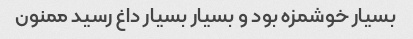
بسیار خوشمزه بود و بسیار بسیار داغ رسید ممنون